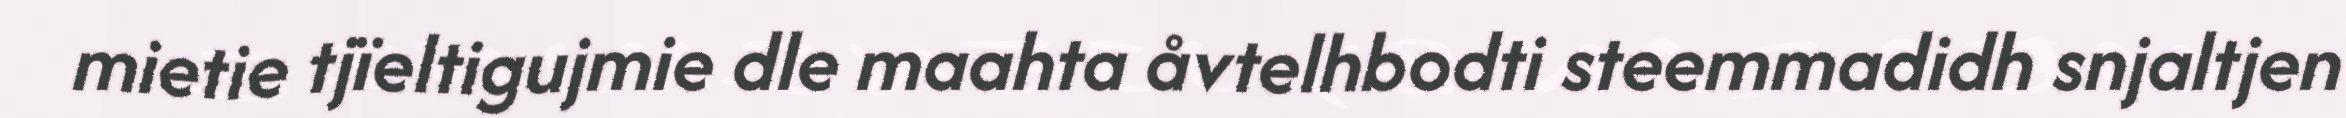
mietie tjïeltigujmie dle maahta åvtelhbodti steemmadidh snjaltjen